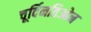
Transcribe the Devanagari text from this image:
चूर्दिनतिओन